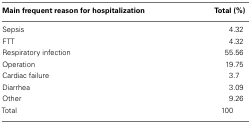
<table><thead><tr><td><b>Main frequent reason for hospitalization</b></td><td><b>Total (%)</b></td></tr></thead><tbody><tr><td>Sepsis</td><td>4.32</td></tr><tr><td>FTT</td><td>4.32</td></tr><tr><td>Respiratory infection</td><td>55.56</td></tr><tr><td>Operation</td><td>19.75</td></tr><tr><td>Cardiac failure</td><td>3.7</td></tr><tr><td>Diarrhea</td><td>3.09</td></tr><tr><td>Other</td><td>9.26</td></tr><tr><td>Total</td><td>100</td></tr></tbody></table>